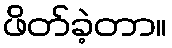
ဖိတ်ခဲ့တာ။